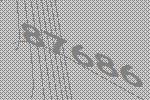
87686